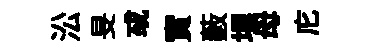
㳂旻㦯實藪埋母庀